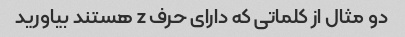
دو مثال از کلماتی که دارای حرف z هستند بیاورید